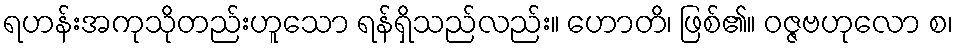
ရဟန်းအကုသိုတည်းဟူသော ရန်ရှိသည်လည်း။ ဟောတိ၊ ဖြစ်၏။ ဝဇ္ဇဗဟုလော စ၊